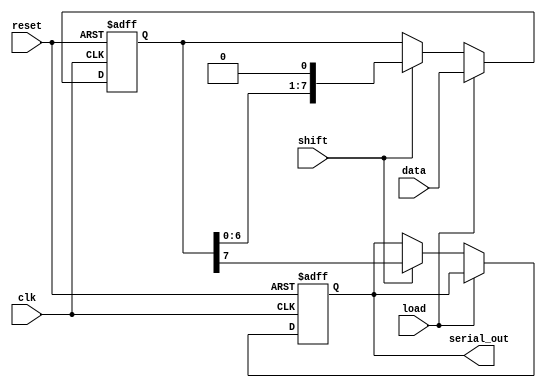
module PISO_Register (
    input wire clk,           // Clock signal
    input wire reset,         // Reset signal
    input wire load,          // Load signal
    input wire shift,         // Shift signal
    input wire [N-1:0] data,  // Parallel input data
    output reg serial_out      // Serial output
);
    parameter N = 8;          // Width of the data input (number of flip-flops)
    
    reg [N-1:0] shift_reg;    // Shift register to hold the data

    // Asynchronous reset and loading data
    always @(posedge clk or posedge reset) begin
        if (reset) begin
            shift_reg <= {N{1'b0}}; // Clear the register
            serial_out <= 1'b0;     // Clear the serial output
        end else if (load) begin
            shift_reg <= data;      // Load data into the register
        end else if (shift) begin
            serial_out <= shift_reg[N-1]; // Output the MSB
            shift_reg <= {shift_reg[N-2:0], 1'b0}; // Shift right
        end
    end
endmodule